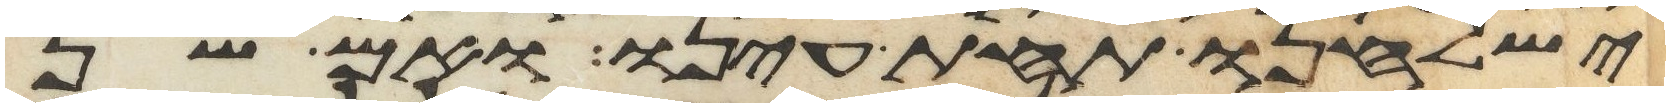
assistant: ישלחנו תחת עינו ואם שן